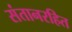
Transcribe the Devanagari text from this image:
संतानरहित